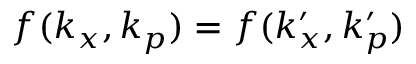
f ( k _ { x } , k _ { p } ) = f ( k _ { x } ^ { \prime } , k _ { p } ^ { \prime } )